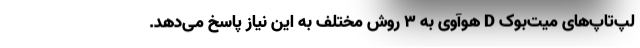
لپ‌تاپ‌های میت‌بوک D هوآوی به ۳ روش مختلف به این نیاز پاسخ می‌دهد.